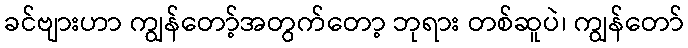
ခင်ဗျားဟာ ကျွန်တော့်အတွက်တော့ ဘုရား တစ်ဆူပဲ၊ ကျွန်တော်